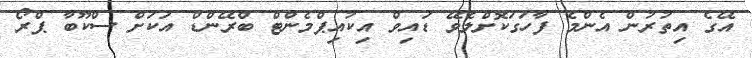
އޭގެ އިތުރުން އެންމެ ފާހަގަކޮށްލެވޭ ޑައިވް އިކުއިޕްމެންޓް ބްރޭންޑް އަކަށް ސްކޫބާ ޕްރޯ